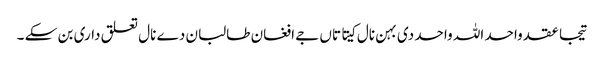
تیجا عقد واحد اللہ واحد دی بہن نال کیتا تاں جے افغان طالبان دے نال تعلق داری بن سکے ۔